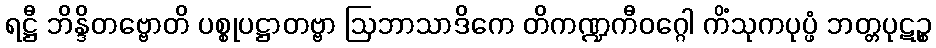
ရဋ္ဌီ ဘိန္ဒိတဗ္ဗောတိ ပစ္စုပဋ္ဌာတဗ္ဗာ ဩဘာသာဒိကေ တိကဏ္ဍကီဝဂ္ဂေါ ကိံသုကပုပ္ဖံ ဘတ္တပုဋဉ္စ